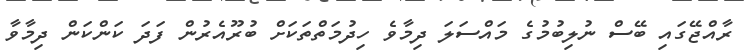
ރާއްޖޭގައި ބޭސް ނުލިބުމުގެ މައްސަލަ ދިމާވެ ހިދުމަތްތަކަށް ބުރޫއެރުން ފަދަ ކަންކަން ދިމާވާ